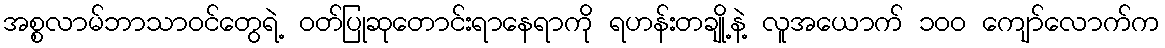
အစ္စလာမ်ဘာသာဝင်တွေရဲ့ ဝတ်ပြုဆုတောင်းရာနေရာကို ရဟန်းတချို့နဲ့ လူအယောက် ၁၀၀ ကျော်လောက်က